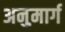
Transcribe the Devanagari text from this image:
अनुमार्ग